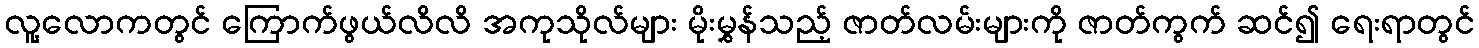
လူ့လောကတွင် ကြောက်ဖွယ်လိလိ အကုသိုလ်များ မိုးမွှန်သည့် ဇာတ်လမ်းများကို ဇာတ်ကွက် ဆင်၍ ရေးရာတွင်